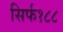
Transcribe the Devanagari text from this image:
सिर्फ१८८